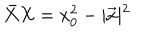
\bar { X } X = x _ { 0 } ^ { 2 } - \vert \vec { x } \vert ^ { 2 }